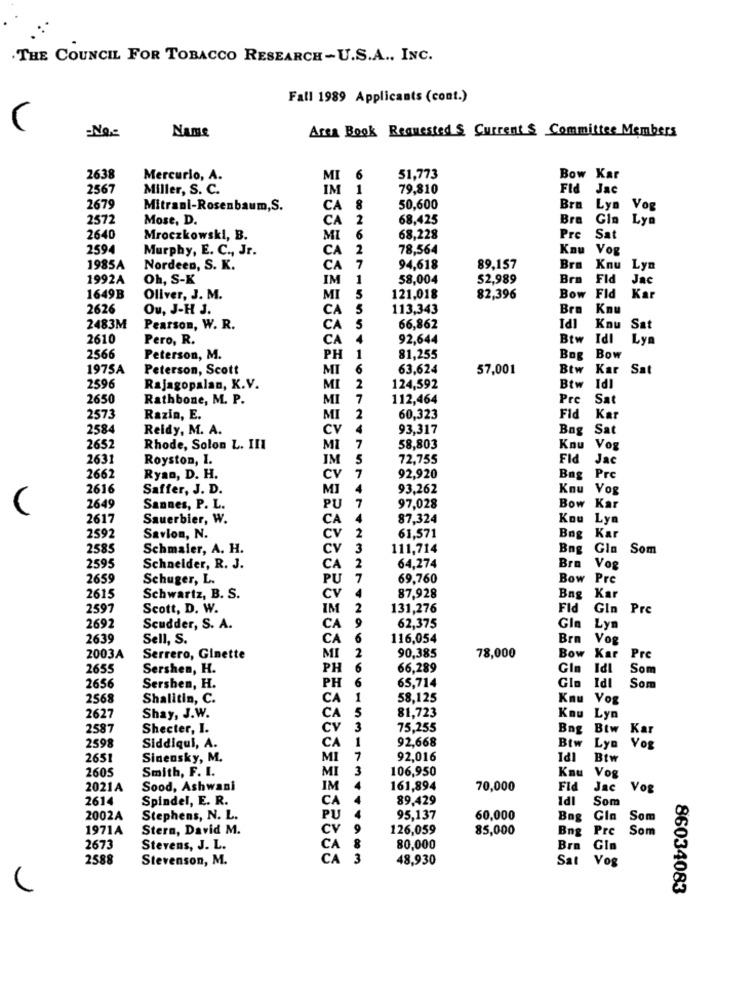
THE COUNCIL FOR TOBACCO RESEARCH-U.S.A ., INC.
Fall 1989 Applicants (cont.)
Aren Book Requested S. Current & Committee Members
Name
2638
Mercurio, A.
MI
6
51,773
Bow Kar
2567
Miller, S. C.
IM 1
79,810
Fid Jac
2679
Mitrani-Rosenbaum,S.
CA 8
50,600
Bra
Lys
Vog
2572
Mose, D.
CA
2
68,425
Bra Gin
Lyn
2640
Mroczkowski, B.
MI
6
68,228
Pro
Sat
2594
Murphy, E. C ., Jr.
CA
2
78,564
Kau Vog
1985A
Nordeen, S. K.
CA
7
94,618
89,157
Bra Knu
Lyn
1992A
Oh, S-K
IM
1
58,004
52,989
Bra
Fid
Jac
1649B
Oliver, J. M.
MI
5
121,018
82,396
Bow Fld
Kar
2626
Ou, J-H J.
CA
5
113,343
Bra
Knu
2483M
Pearson, W. R.
CA
5
66,862
1dl
Knu
Sat
2610
Pero, R.
CA
92,644
Btw
Idl
Lyn
2566
Peterson, M.
PH
1
81,255
Bog
Bow
1975A
Peterson, Scott
MI
6
63,624
57,001
Btw
Kar Sat
IPI
124,592
2596
Rajagopalan, K.V.
MI
2
Btw
2650
Rathbone, M. P.
MI
7
112,464
Pre
Sat
2573
Razin, E.
MI
2
60,323
Fid
Kar
2584
Reidy, M. A.
CV
4
93,317
Bag
Sat
2652
Rhode, Solon L. III
MI
7
58,803
Kou Vog
2631
Royston, 1.
IM
5
72,755
Fid
Jac
2662
Ryan, D. H.
CV
7
92,920
Bng Pre
2616
Saffer, J. D.
MI
93,262
Kou
Vog
PU
Bow
V
2649
Sannes, P. L.
7
97,028
Kar
2617
Sauerbier, W.
CA
87,324
Kou Ly
CV
LA
2592
Savion, N.
2
61,571
Bng Ka
2585
Schmaler, A. H.
CV
3
111,714
Bng Gla
Som
2595
CA
64,274
Schneider, R. J.
2
Bra Vog
2659
Schuger, L.
PU
7
69,760
Bow Pre
CV
2615
Schwartz, B. S.
87,928
Bng Kar
2597
Scott, D. W.
IM
2
131,276
Fid
GIn Pre
9
2692
Scudder, S. A.
CA
62,375
Gln
Lyn
2639
Sell, S.
CA
6
116,054
Brn Vog
90,385
2003A
Serrero, Ginette
MI
2
78,000
Bow Kar
1PI
Pre
2655
Sershen, H.
PH
6
66,289
Som
2656
Sersben, H.
PH 6
65,714
Gln
Idl
Som
256
Shalitin, C.
CA
1
58,125
Knu
Vog
5
81,723
2627
Shay, J.W.
CA
Kau
Lyn
2587
Shecter, I.
CV
3
75,255
Bng
Btw
Ka
CA
1
92,668
Btw
2598
Siddiqui, A.
Lyn
Vog
2651
Sinensky, M.
MI
7
92,016
Btw
2605
Smith, F. I.
106,950
MI
Kau Vog
2021A
Sood, Ashwani
IM
161,894
70,000
Fid
Jac
Vog
2614
Spindel, E. R.
CA
89,429
Idl
Som
2002A
Stephens, N. L.
PU
95,137
60,000
Bag
Gla
Som
1971A
Stern, David M.
CV
126,059
85,000
Bng
Pre
Som
2673
Stevens, J. L.
CA
80,000
Bra
Gin
2588
Stevenson, M.
CA
48,930
Sat
Vog
86034083